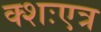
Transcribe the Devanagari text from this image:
क्शःएत्र